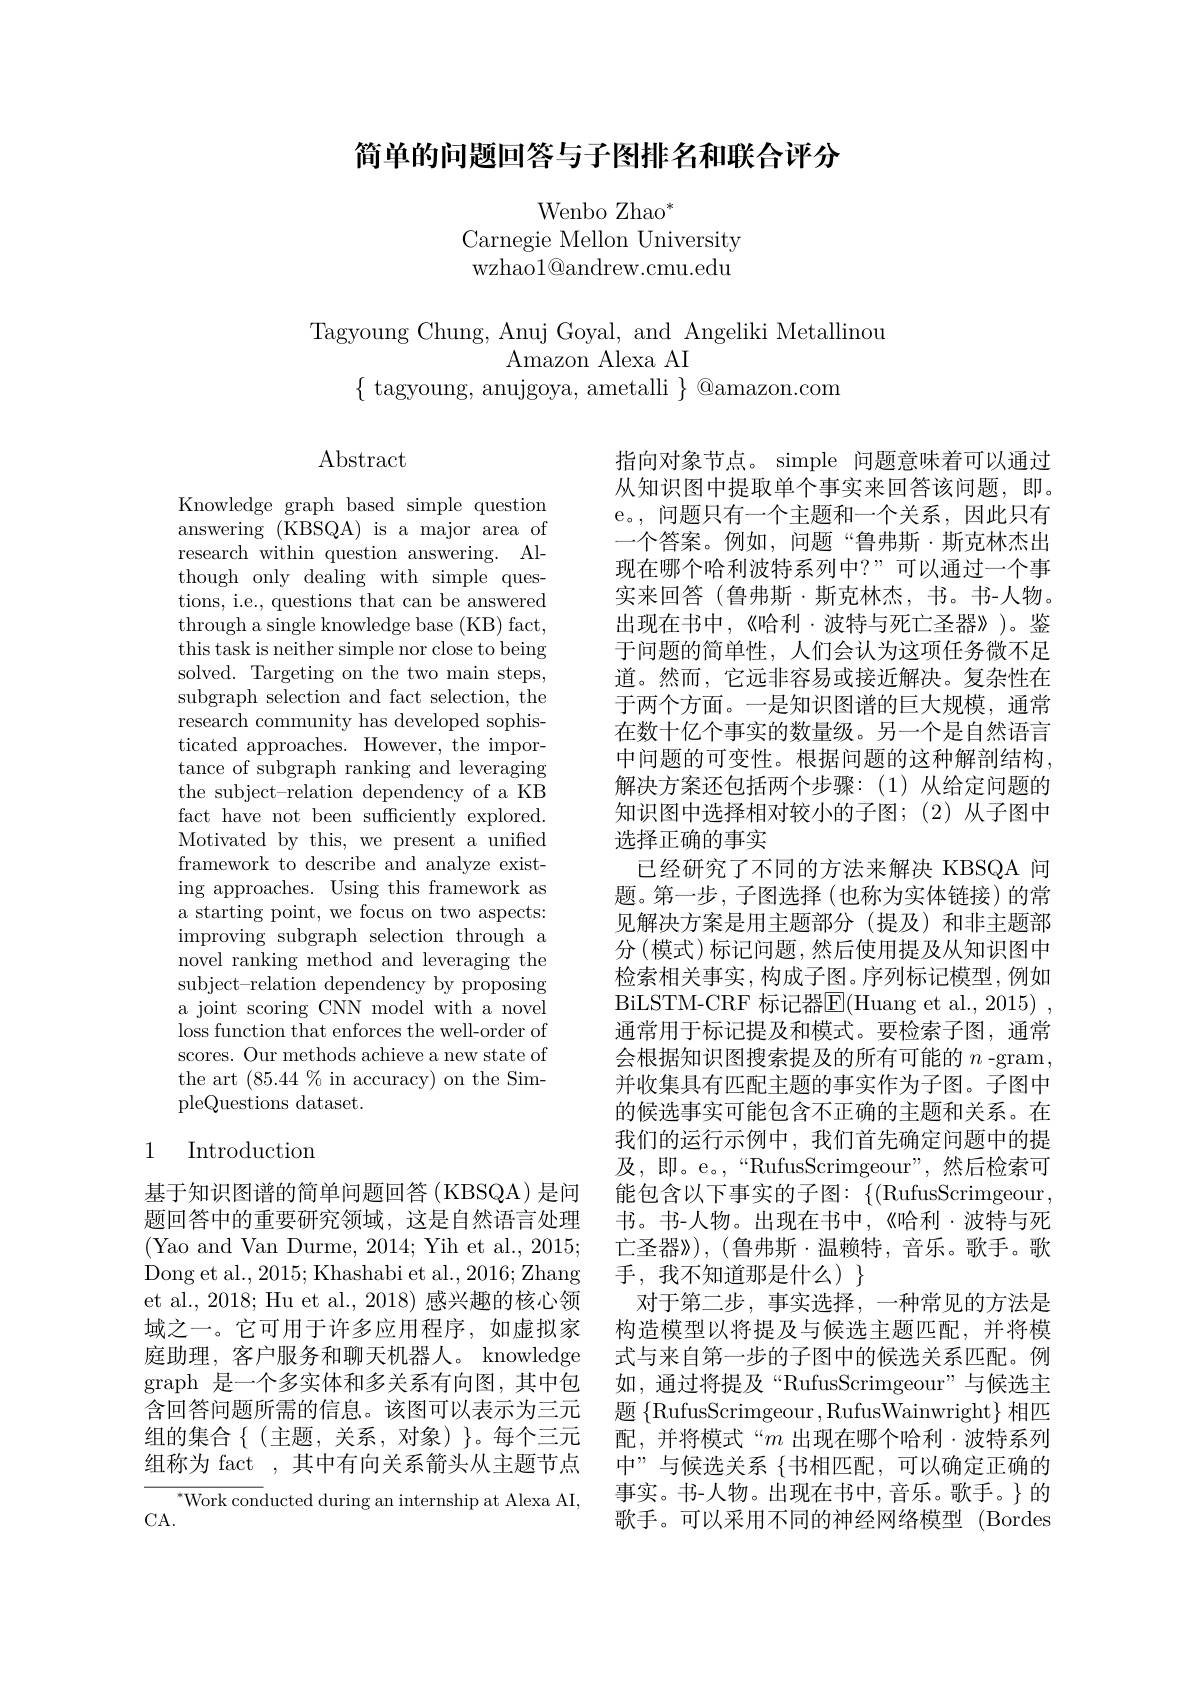
# 简单的问题回答与子图排名和联合评分

Wenbo Zhao$^*$
Carnegie Mellon University wzhao$1@$andrew.cmu.edu

Tagyoung Chung, Anuj Goyal, and Angeliki Metallinou
Amazon Alexa AI
$\{$ tagyoung, anujgoya, ametalli $\}$ @amazon.com

$\operatorname{Abstract}$

Knowledge graph based simple question answering (KBSQA) is a major area of research within question answering. Although only dealing with simple questions, i.e., questions that can be answered through a single knowledge base (KB) fact, this task is neither simple nor close to being solved. Targeting on the two main steps, subgraph selection and fact selection, the research community has developed sophisticated approaches. However, the importance of subgraph ranking and leveraging the subject-relation dependency of a KB fact have not been sufficiently explored. Motivated by this, we present a unified framework to describe and analyze existing approaches. Using this framework as a starting point, we focus on two aspects: improving subgraph selection through a novel ranking method and leveraging the subject-relation dependency by proposing a joint scoring CNN model with a novel loss function that enforces the well-order of scores. Our methods achieve a new state of the art $(85.44\%$in accuracy) on the SimpleQuestions dataset.

## 1 Introduction

基于知识图谱的简单问题回答(KBSQA)是间题回答中的重要研究领域，这是自然语言处理(Yao and Van Durme, 2014; Yih et al., 2015; Dong et al., 2015; Khashabi et al., 2016; Zhang et al., 2018; Hu et al., 2018) 感兴趣的核心领域之一。它可用于许多应用程序，如虚拟家庭助理，客户服务和聊天机器人。knowledge graph 是一个多实体和多关系有向图，其中包含回答问题所需的信息。该图可以表示为三元组的集合$\{($主题，关系，对象)$\}$。每个三元组称为 fact , 其中有向关系箭头从主题节点

$^{*}$Work conducted during an internship at Alexa AI,
CA.

指向对象节点。simple 问题意味着可以通过从知识图中提取单个事实来回答该问题，即。e。,问题只有一个主题和一个关系，因此只有一个答案。例如，问题“鲁弗斯·斯克林杰出现在哪个哈利波特系列中？”可以通过一个事实来回答(鲁弗斯·斯克林杰，书。书-人物。出现在书中，《哈利·波特与死亡圣器》)。鉴于问题的简单性，人们会认为这项任务微不足道。然而，它远非容易或接近解决。复杂性在于两个方面。一是知识图谱的巨大规模，通常在数十亿个事实的数量级。另一个是自然语言中问题的可变性。根据问题的这种解剖结构， 解决方案还包括两个步骤：(1)从给定问题的知识图中选择相对较小的子图；(2)从子图中选择正确的事实
已经研究了不同的方法来解决 KBSQA 问题。第一步，子图选择(也称为实体链接)的常见解决方案是用主题部分(提及)和非主题部分 (模式)标记问题，然后使用提及从知识图中检索相关事实，构成子图。序列标记模型，例如BiLSTM-CRF 标记器E(Huang et al., 2015) , 通常用于标记提及和模式。要检索子图，通常会根据知识图搜索提及的所有可能的$n$ -gram , 并收集具有匹配主题的事实作为子图。子图中的候选事实可能包含不正确的主题和关系。在我们的运行示例中，我们首先确定问题中的提及，即。e。,“RufusScrimgeour”,然后检索可能包含以下事实的子图：$\{($RufusScrimgeour, 书。书-人物。出现在书中，《哈利·波特与死亡圣器》),( 鲁弗斯·温赖特，音乐。歌手。歌手，我不知道那是什么)$\}$
对于第二步，事实选择，一种常见的方法是构造模型以将提及与候选主题匹配，并将模式与来自第一步的子图中的候选关系匹配。例如，通过将提及“RufusScrimgeour”与候选主题$\{$RufusScrimgeour,RufusWainwright$\}$相匹配，并将模式“$m$出现在哪个哈利·波特系列中”与候选关系 $\{$书相匹配，可以确定正确的事实。书-人物。出现在书中，音乐。歌手。}的歌手。可以采用不同的神经网络模型 (Bordes